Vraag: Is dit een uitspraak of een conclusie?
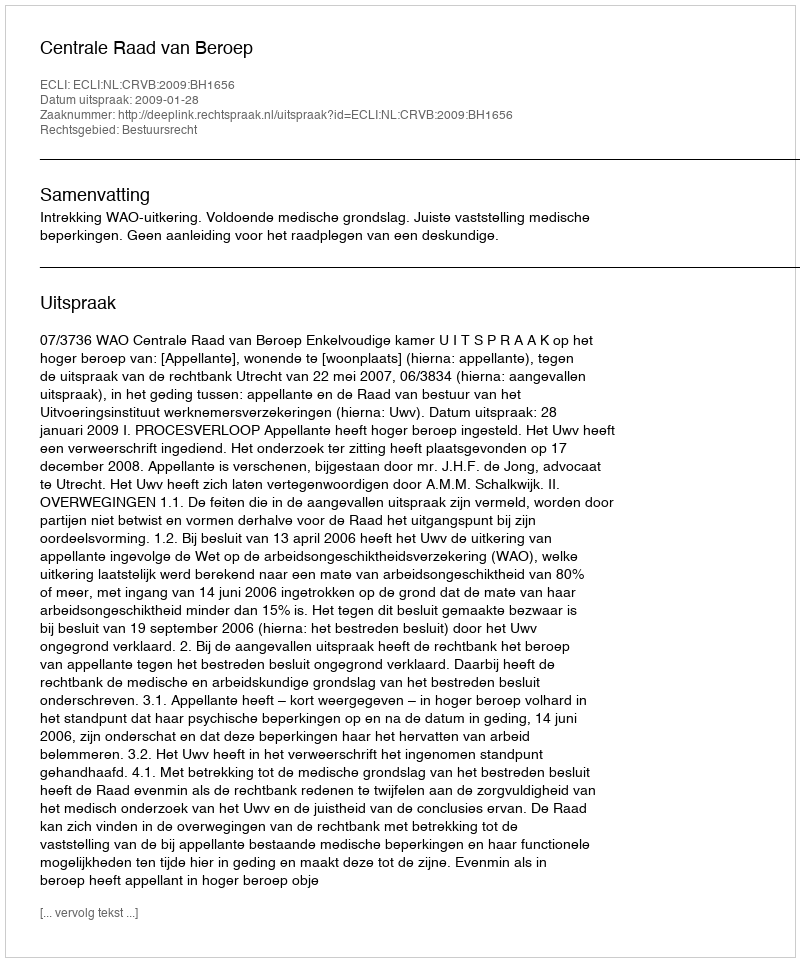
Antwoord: Uitspraak